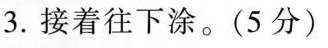
3.接着往下涂。(5分)